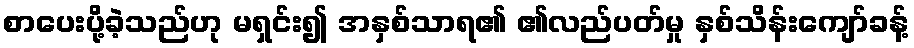
စာပေးပို့ခဲ့သည်ဟု မရှင်း၍ အနှစ်သာရ၏ ၏လည်ပတ်မှု နှစ်သိန်းကျော်ခန့်